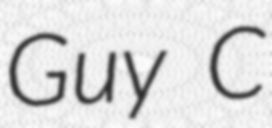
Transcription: Guy C